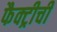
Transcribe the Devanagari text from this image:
फैक्ट्रीची